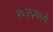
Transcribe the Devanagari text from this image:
१०३६मध्ये